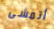
أتمشى